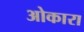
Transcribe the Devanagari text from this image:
ओकारा